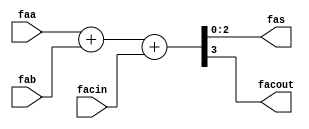
module nfa_accept_samples_generic_hw_add_6ns_6ns_6_2_AddSubnS_3_fadder_f 
#(parameter
    N = 3
)(
    input  [N-1 : 0]  faa,
    input  [N-1 : 0]  fab,
    input  wire  facin,
    output [N-1 : 0]  fas,
    output wire  facout
);
assign {facout, fas} = faa + fab + facin;
endmodule